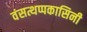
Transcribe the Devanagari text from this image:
वंसत्थप्पकासिनी